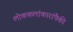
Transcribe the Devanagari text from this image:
लोककलांकारांपैकी